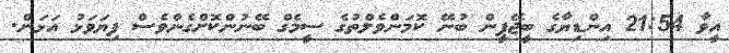
އީވާ 21:54 އިންޑިޔާގެ ބީޖޭޕީން ބުނޭ ކޮމަންވެލްތުގެ ސީމެގް ބޭނުންކޮށްގެންވެސް ފިޔަވަޅު އަޅަން.